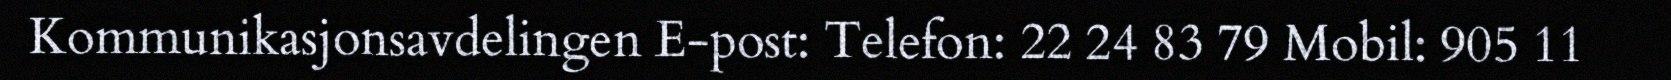
Kommunikasjonsavdelingen E-post: Telefon: 22 24 83 79 Mobil: 905 11